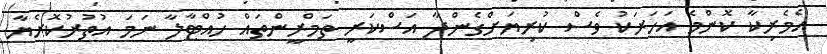
އެމެރިކާ ކޮންމެ އަހަރަކު ވެސް ކުރިޔަށްގެންދާ އަސްކަރީ ތަމްރީންތައް ހުއްޓާލާ ނަމަ އުތުރުކޮރެޔާ